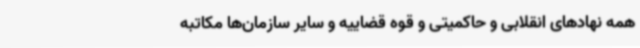
همه نهادهای انقلابی و حاکمیتی و قوه قضاییه و سایر سازمان‌ها مکاتبه